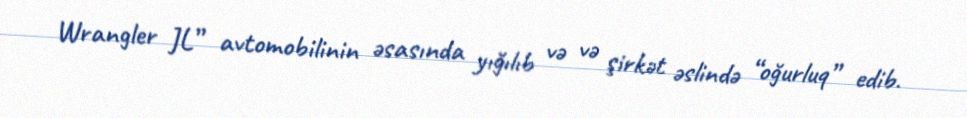
Wrangler JL” avtomobilinin əsasında yığılıb və və şirkət əslində “oğurluq” edib.